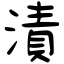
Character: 漬